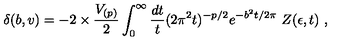
\delta ( b , v ) = - 2 \times { \frac { V _ { ( p ) } } { 2 } } \int _ { 0 } ^ { \infty } { \frac { d t } { t } } ( 2 \pi ^ { 2 } t ) ^ { - p / 2 } e ^ { - b ^ { 2 } t / 2 \pi } \ Z ( \epsilon , t ) \ ,